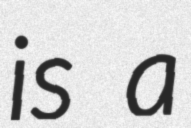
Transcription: is a